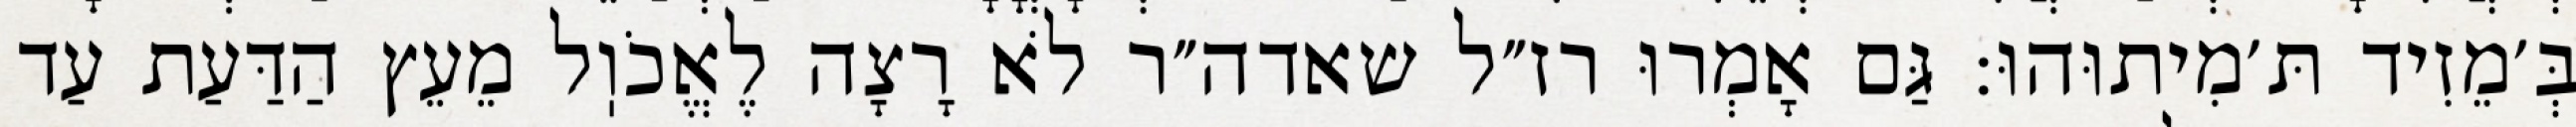
בְּ׳מֵזִיד תּ׳מִיתוּהוּ: גַּם אָמְרוּ רז״ל שאדה״ר לֹא רָצָה לֶאֱכֹוֽל מֵעֵץ הַדַּעַת עַד